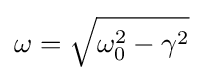
\omega ={\sqrt {\omega _{0}^{2}-\gamma ^{2}}}